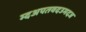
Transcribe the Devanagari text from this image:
म्दअपतवदउमदज